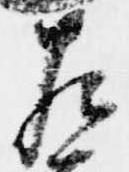
左